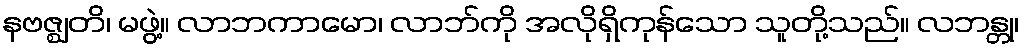
နဗဇ္ဈတိ၊ မဖွဲ့။ လာဘကာမော၊ လာဘ်ကို အလိုရှိကုန်သော သူတို့သည်။ လဘန္တု၊